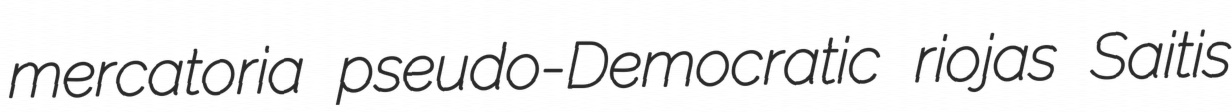
mercatoria pseudo-Democratic riojas Saitis